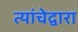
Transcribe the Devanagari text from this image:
त्यांचेद्वारा